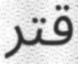
قتر